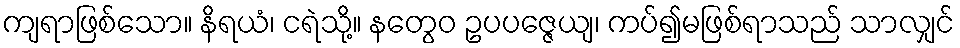
ကျရာဖြစ်သော။ နိရယံ၊ ငရဲသို့။ နတွေဝ ဥပပဇ္ဇေယျ၊ ကပ်၍မဖြစ်ရာသည် သာလျှင်